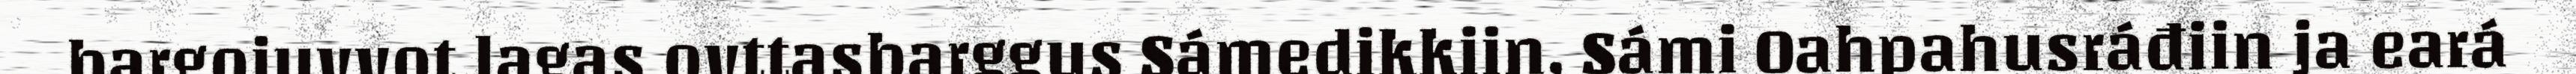
bargojuvvot lagas ovttasbarggus Sámedikkiin, Sámi Oahpahusráđiin ja eará